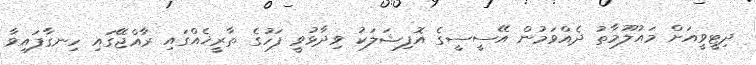
ދިޓީވީއަށް މައުލޫމާތު ދެއްވަމުން އޭސީސީގެ އޮފިޝަލަކު ވިދާޅުވީ ފަހުގެ ތާރީޚެއްގައި ރާއްޖޭގައި ހިނގާފައިވާ